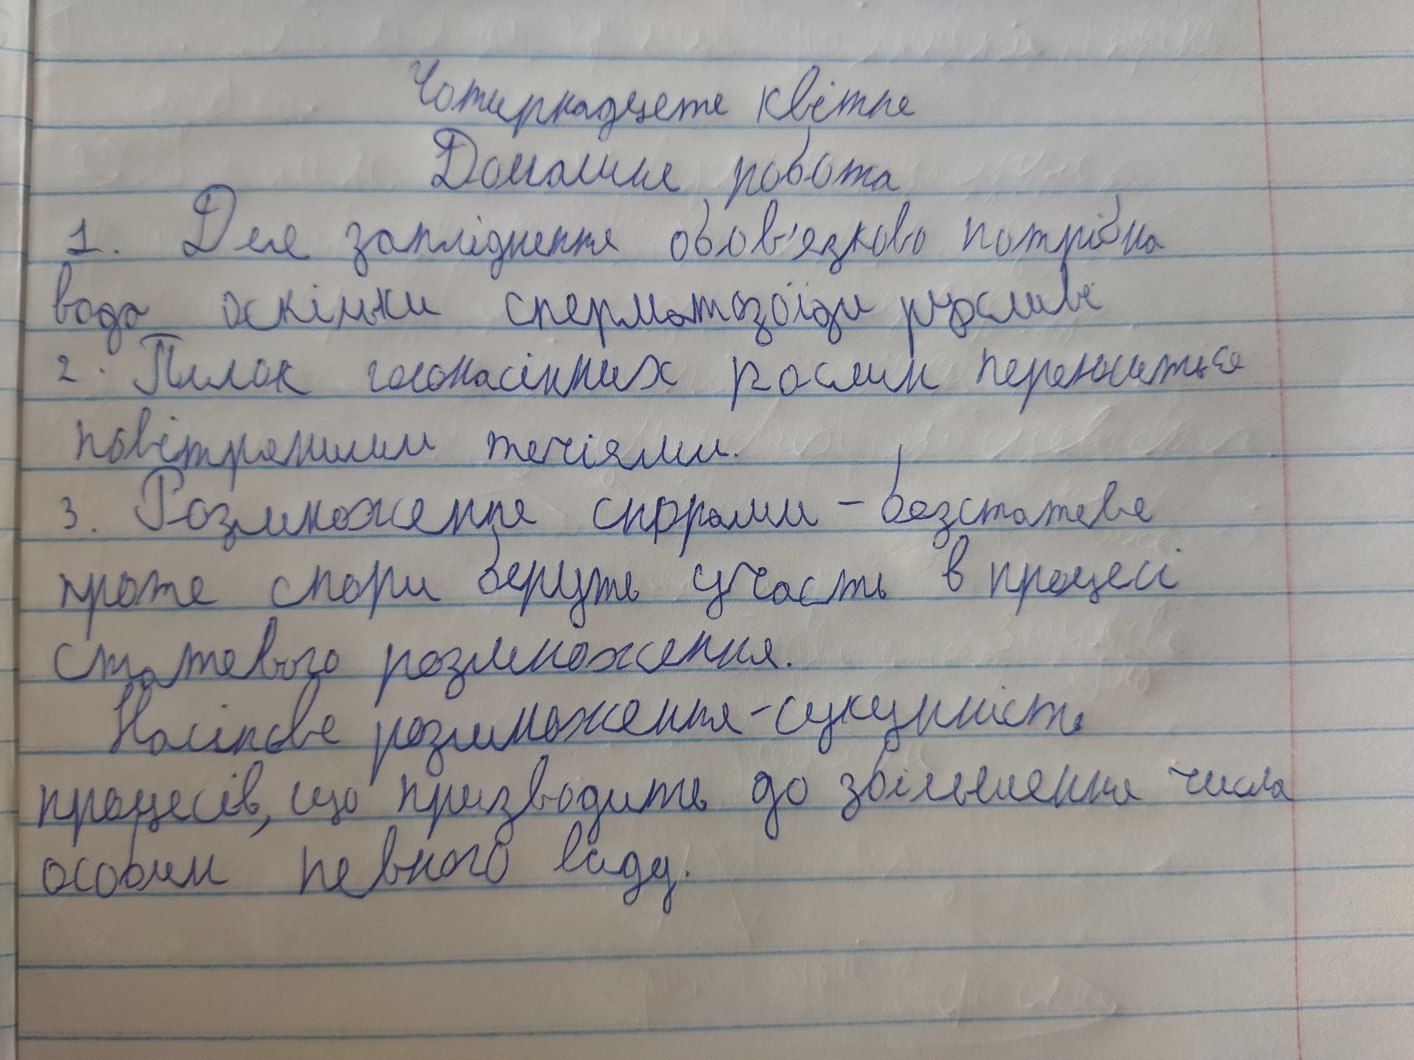
Чотирнадцяте квітня
Домашня робота
1. Для запліднення обов'язково потрібна
вода оскільки сперматозоїди рухливі
2. Пилок голонасінних рослин переноситься
повітряними течіями.
3. Розмноження спорами безстатеве
проте спори беруть участь в процесі
статевого розмноження.
Насінєве розмноження - сукупність
процесів, що призводить до збільшення числа
особим певного виду.